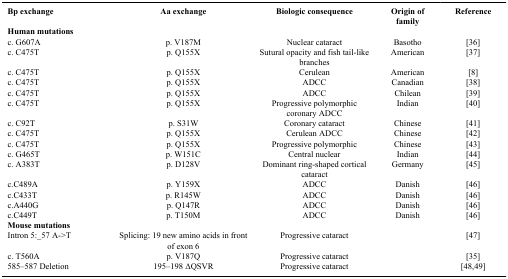
<table><thead><tr><td><b>Bp exchange</b></td><td><b>Aa exchange</b></td><td><b>Biologic consequence</b></td><td><b>Origin of family</b></td><td><b>Reference</b></td></tr></thead><tbody><tr><td colspan="5"><b>Human mutations</b></td></tr><tr><td>c. G607A</td><td>p. V187M</td><td>Nuclear cataract</td><td>Basotho</td><td> [36]</td></tr><tr><td>c. C475T</td><td>p. Q155X</td><td>Sutural opacity and fish tail-like branches</td><td>American</td><td> [37]</td></tr><tr><td>c. C475T</td><td>p. Q155X</td><td>Cerulean</td><td>American</td><td> [8]</td></tr><tr><td>c. C475T</td><td>p. Q155X</td><td>ADCC</td><td>Canadian</td><td> [38]</td></tr><tr><td>c. C475T</td><td>p. Q155X</td><td>ADCC</td><td>Chilean</td><td> [39]</td></tr><tr><td>c. C475T</td><td>p. Q155X</td><td>Progressive polymorphic coronary ADCC</td><td>Indian</td><td> [40]</td></tr><tr><td>c. C92T</td><td>p. S31W</td><td>Coronary cataract</td><td>Chinese</td><td> [41]</td></tr><tr><td>c. C475T</td><td>p. Q155X</td><td>Cerulean ADCC</td><td>Chinese</td><td> [42]</td></tr><tr><td>c. C475T</td><td>p. Q155X</td><td>Progressive polymorphic</td><td>Chinese</td><td> [43]</td></tr><tr><td>c. G465T</td><td>p. W151C</td><td>Central nuclear</td><td>Indian</td><td> [44]</td></tr><tr><td>c. A383T</td><td>p. D128V</td><td>Dominant ring-shaped cortical cataract</td><td>Germany</td><td> [45]</td></tr><tr><td>c.C489A</td><td>p. Y159X</td><td>ADCC</td><td>Danish</td><td> [46]</td></tr><tr><td>c.C433T</td><td>p. R145W</td><td>ADCC</td><td>Danish</td><td> [46]</td></tr><tr><td>c.A440G</td><td>p. Q147R</td><td>ADCC</td><td>Danish</td><td> [46]</td></tr><tr><td>c.C449T</td><td>p. T150M</td><td>ADCC</td><td>Danish</td><td> [46]</td></tr><tr><td colspan="5"><b>Mouse mutations</b></td></tr><tr><td>Intron 5:_57 A-&gt;T</td><td>Splicing: 19 new amino acids in front of exon 6</td><td>Progressive cataract</td><td></td><td> [47]</td></tr><tr><td>c. T560A</td><td>p. V187Q</td><td>Progressive cataract</td><td></td><td> [35]</td></tr><tr><td>585–587 Deletion</td><td>195–198 ΔQSVR</td><td>Progressive cataract</td><td></td><td> [48,49]</td></tr></tbody></table>